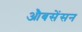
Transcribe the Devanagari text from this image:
औबसेंसन